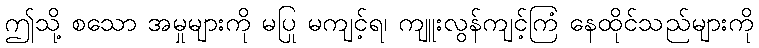
ဤသို့ စသော အမှုများကို မပြု မကျင့်ရ၊ ကျူးလွန်ကျင့်ကြံ နေထိုင်သည်များကို